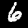
Digit: 6